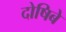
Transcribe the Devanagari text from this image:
दोषिबे